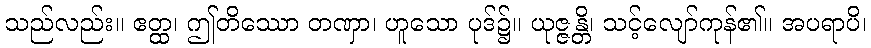
သည်လည်း။ ဧတ္ထ၊ ဤတိဿော တဏှာ၊ ဟူသော ပုဒ်၌။ ယုဇ္ဇန္တိ၊ သင့်လျော်ကုန်၏။ အပရာပိ၊